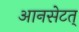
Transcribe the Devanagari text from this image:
आनसेटत्